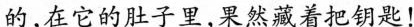
的，在它的肚子里，果然藏着把钥匙！